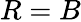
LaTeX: R=B